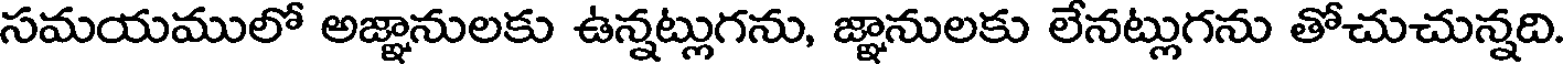
సమయములో అజ్ఞానులకు ఉన్నట్లుగను, జ్ఞానులకు లేనట్లుగను తోచుచున్నది